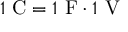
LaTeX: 1 ~ { \mathrm { C } } = 1 ~ { \mathrm { F } } \cdot 1 ~ { \mathrm { V } }